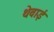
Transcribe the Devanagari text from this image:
थेवाई